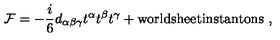
{ \cal F } = - \frac { i } { 6 } d _ { \alpha \beta \gamma } t ^ { \alpha } t ^ { \beta } t ^ { \gamma } + \mathrm { w o r l d s h e e t i n s t a n t o n s } \ ,